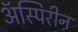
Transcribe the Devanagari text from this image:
ॲस्पिरीन